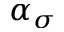
\alpha _ { \sigma }